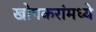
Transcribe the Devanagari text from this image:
खोपकरांमध्ये